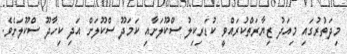
މިދަތުރުގައި މިއަދު ޒިޔާރަތްކުރައްވީ ކުޑަރިކިލު ސްކޫލަށާއި ކަމަދޫ ސްކޫލަށް އަދި ކިހާދޫ ސްކޫލަށެވެ.